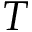
T